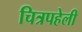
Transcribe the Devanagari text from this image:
चित्रपहेली